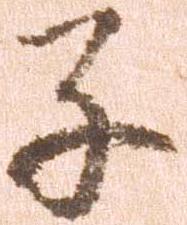
子